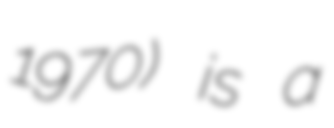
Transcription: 1970) is a